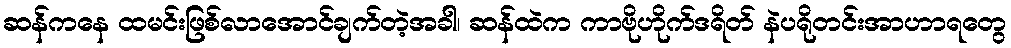
ဆန်ကနေ ထမင်းဖြစ်လာအောင်ချက်တဲ့အခါ၊ ဆန်ထဲက ကာဗိုဟိုက်ဒရိတ် နဲပရိုတင်းအာဟာရတွေ